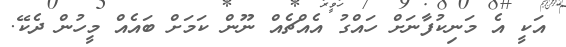
އަކީ އެ މަނިކުފާނަށް ހައްގު އެއްޗެއް ނޫން ކަމަށް ބައެއް މީހުން ދެކޭ.